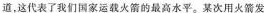
道，这代表了我们国家运载火箭的最高水平。某次用火箭发